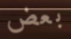
بعض